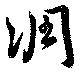
凋